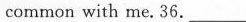
common with me. 36. ___